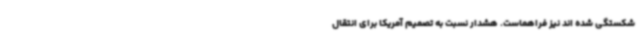
شکستگی شده اند نیز فراهماست. هشدار نسبت به تصمیم آمریکا برای انتقال